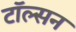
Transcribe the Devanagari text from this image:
टॉल्सन